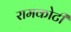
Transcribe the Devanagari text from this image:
रामकोटी